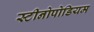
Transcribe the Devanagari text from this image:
स्टीनोपोडियम